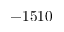
- 1 5 1 0